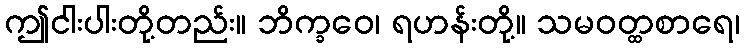
ဤငါးပါးတို့တည်း။ ဘိက္ခဝေ၊ ရဟန်းတို့။ သမဝတ္ထစာရေ၊